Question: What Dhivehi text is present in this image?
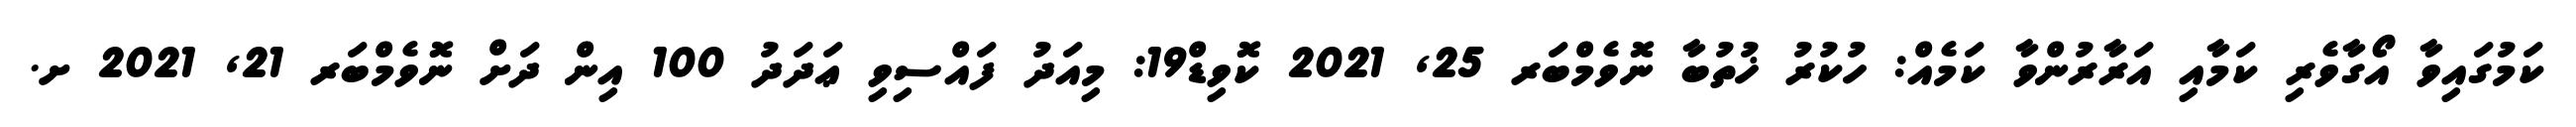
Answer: ކަމުގައިވާ އޯގާވެރި ކަމާއި އަރާރުންވާ ކަމެއް: ހުކުރު ޚުތުބާ ނޮވެމްބަރ 25, 2021 ކޮވިޑް19: މިއަދު ފައްސިވި ޢަދަދު 100 އިން ދަށް ނޮވެމްބަރ 21, 2021 ށ.